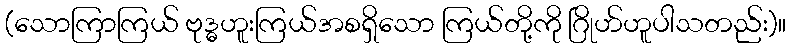
(သောကြာကြယ် ဗုဒ္ဓဟူးကြယ်အစရှိသော ကြယ်တို့ကို ဂြိုဟ်ဟူပါသတည်း)။